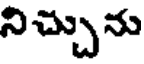
నిచ్చును